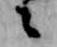
々